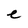
Character: e